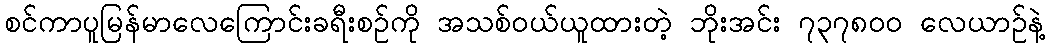
စင်ကာပူမြန်မာလေကြောင်းခရီးစဉ်ကို အသစ်ဝယ်ယူထားတဲ့ ဘိုးအင်း ၇၃၇၈၀၀ လေယာဉ်နဲ့